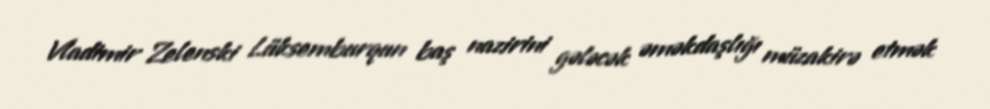
Vladimir Zelenski Lüksemburqun baş nazirini gələcək əməkdaşlığı müzakirə etmək